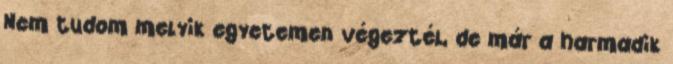
Nem tudom melyik egyetemen végeztél, de már a harmadik